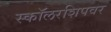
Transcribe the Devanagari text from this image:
स्कॉलरशिपवर